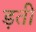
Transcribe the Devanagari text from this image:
ड़ती